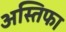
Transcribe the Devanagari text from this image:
अस्तिफा